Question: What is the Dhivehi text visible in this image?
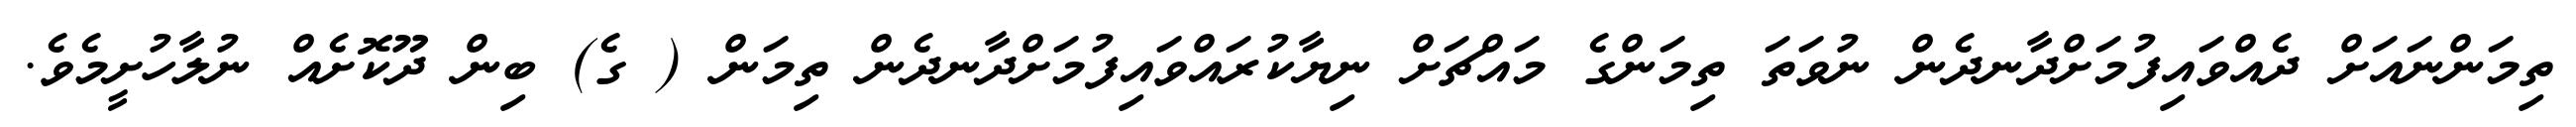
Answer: ތިމަންނައަށް ދެއްވައިފުމަށްދާނދެން ނުވަތަ ތިމަންގެ މައްޗަށް ނިޔާކުރައްވައިފުމަށްދާނދެން ތިމަން ( ގެ) ބިން ދޫކޮށެއް ނުލާހުށީމެވެ.